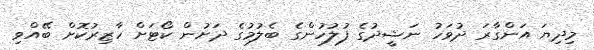
މިދިޔަ އަންގާރަ ދުވަހު ނަޝީދުގެ ފުލުހުންގެ ބެލުމުގެ ދަށުން ކޯޓަށް ހާޒިރުކޮށް ބޭއްވި